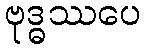
ဗုဒ္ဓဿပေ